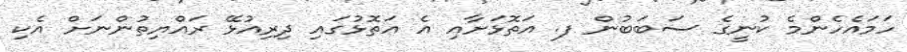
ހަމައެހެންމެ ކުނީގެ ސަބަބުން ފ. އަތޮޅަށާއި އެ އަތޮޅުގައި ދިރިއުޅޭ ރައްޔިތުންނަށް އެކި